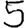
Digit: 5